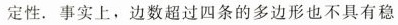
定性. 事实上，边数超过四条的多边形也不具有稳